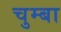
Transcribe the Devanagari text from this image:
चुम्बा